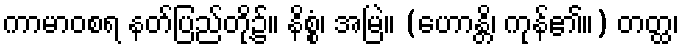
ကာမာဝစရ နတ်ပြည်တို့၌။ နိစ္စံ၊ အမြဲ။ (ဟောန္တိ၊ ကုန်၏။) တတ္ထ၊